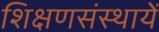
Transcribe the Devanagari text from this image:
शिक्षणसंस्थायें